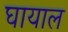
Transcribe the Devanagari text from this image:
घायाल